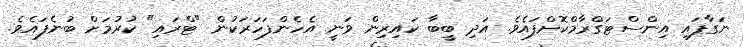
ނަގާފައި އިންސްޓަގްރާމްކޮށްފައެވެ. އަދި ބީބާ ކައިރިން ވަނީ އެހެންފަހަރަކުން "ޓްރައި" ކުރުމަށް ބުނެފައެވެ.